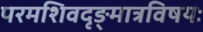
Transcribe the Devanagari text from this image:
परमशिवदृङ्मात्रविषयः